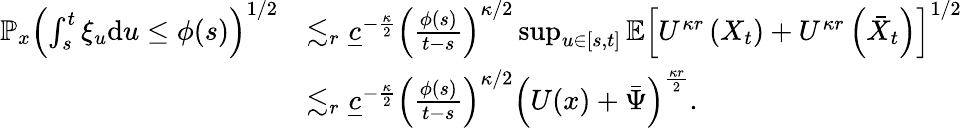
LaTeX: \begin{array}{rl}{\mathbb{P}_{x}\left(\int_{s}^{t}\xi_{u}\mathrm{d}u\le\phi(s)\right)^{1/2}}&{\lesssim_{r}\underline{{c}}^{-\frac{\kappa}{2}}\left(\frac{\phi(s)}{t-s}\right)^{\kappa/2}\operatorname*{sup}_{u\in[s,t]}\mathbb{E}\left[U^{\kappa r}\left(X_{t}\right)+U^{\kappa r}\left(\bar{X}_{t}\right)\right]^{1/2}}\\ &{\lesssim_{r}\underline{{c}}^{-\frac{\kappa}{2}}\left(\frac{\phi(s)}{t-s}\right)^{\kappa/2}\left(U(x)+\bar{\Psi}\right)^{\frac{\kappa r}{2}}.}\end{array}